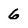
Character: 6